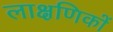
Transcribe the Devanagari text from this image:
लाक्षणिकों